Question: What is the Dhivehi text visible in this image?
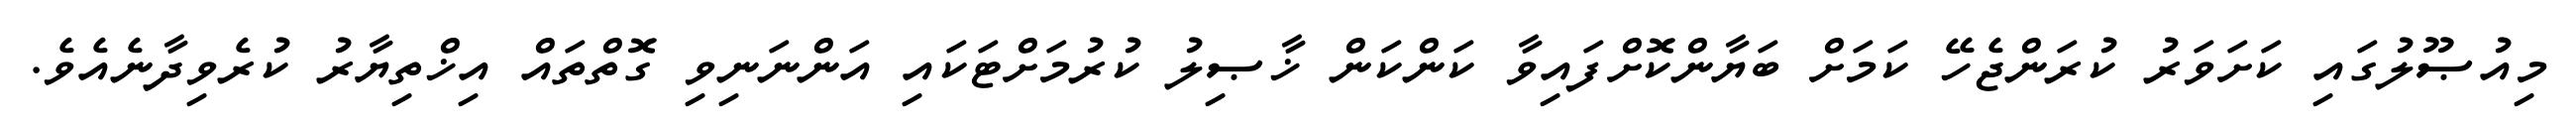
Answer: މިއުޞޫލުގައި ކަށަވަރު ކުރަންޖެހޭ ކަމަށް ބަޔާންކޮށްފައިވާ ކަންކަން ޚާޞިލު ކުރުމަށްޓަކައި އަންނަނިވި ގޮތްތައް އިޚްތިޔާރު ކުރެވިދާނެއެވެ.